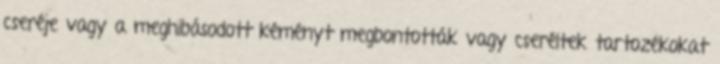
cseréje vagy a meghibásodott kéményt megbontották vagy cseréltek tartozékokat